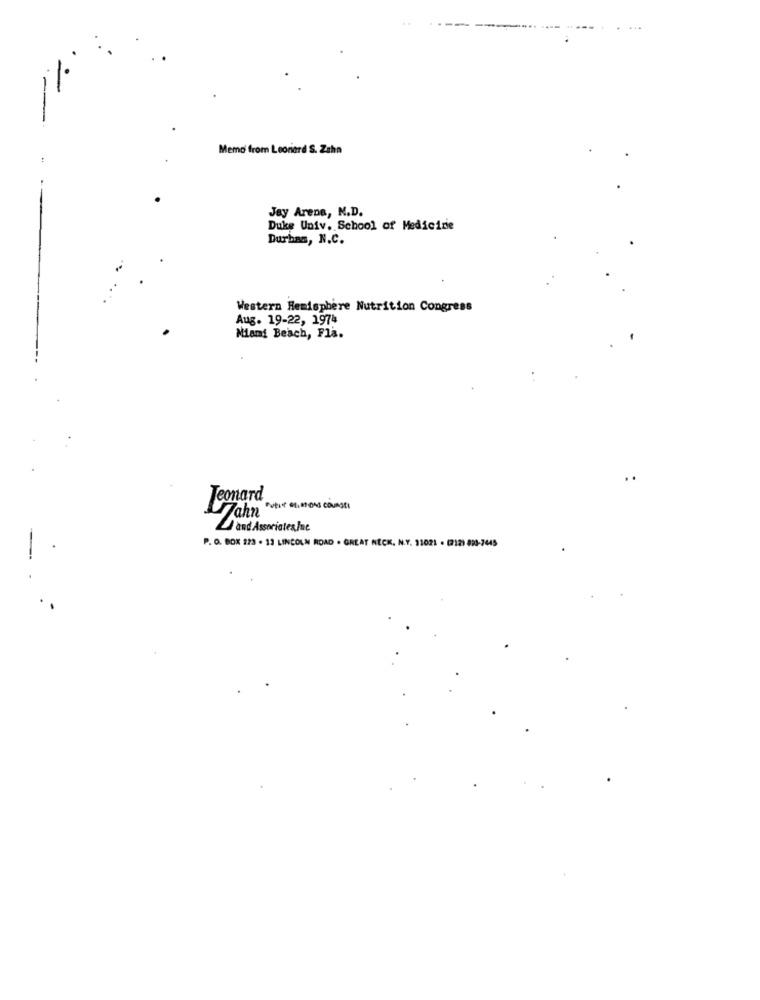
Memo from Leonard S. Zahn
:
Jay Arena, M.D.
Duke Univ. School of Medicine
Durban, N.C.
Western Hemisphere Nutrition Congress
Aug. 19-22, 1974
Miami Beach, Fla.
Jeonard
Jahn VEL+ 41, 00 ONS COURSEI
and Associates Inc
P. O. BOX 223 - 13 LINCOLN ROAD . GREAT NECK, N.Y. 31021 . (212) 898-7445
.